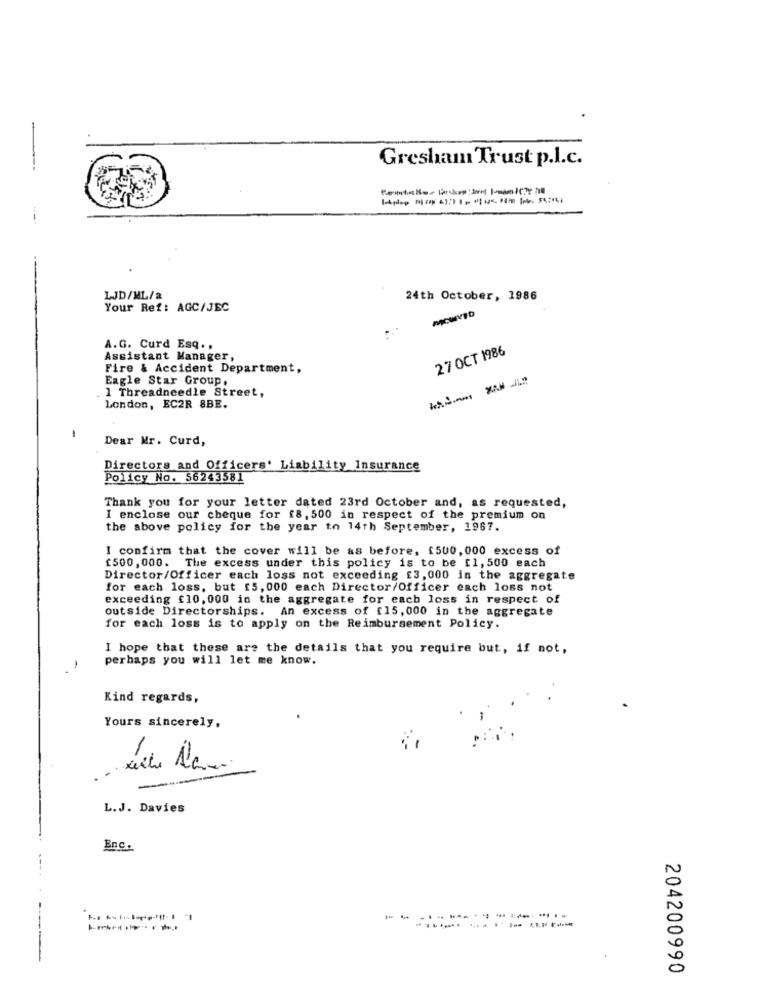
Gresham Trust p.l.c.
LJD/ML/a
24th October, 1986
Your Ref: AGC/JEC
A.G. Curd Esq .,
27 OCT 1986
Assistant Manager,
Fire & Accident Department,
Eagle Star Group,
. 1 Threadneedle Street,
London, EC2R 8BE.
Dear Mr. Curd,
Directors and Officers' Liability Insurance
Policy No. 56243581
Thank you for your letter dated 23rd October and, as requested,
I enclose our cheque for f8, 500 in respect of the premium on
the above policy for the year to 14th September, 1967.
I confirm that the cover will be as before, [500,000 excess of
£500, 000. The excess under this policy is to be [1, 500 each
Director/Officer each loss not exceeding £3,000 in the aggregate
for each loss, but [5, 000 each Director/Officer each loss not
exceeding £10,000 in the aggregate for each loss in respect of
outside Directorships. An excess of [15, 000 in the aggregate
for each loss is to apply on the Reimbursement Policy.
I hope that these are the details that you require but, if not,
perhaps you will let me know.
-
Kind regards,
Yours sincerely,
-
L.J. Davies
Enc.
0
0
204200990